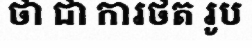
ថា ជា ការថត រូប